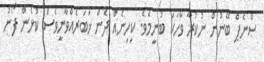
ސްނެޕް ބޭނުން ނުކުރާ ވާހަކަ ބުނީމެވެ. ކިހިނެއް ދެން ޚަބަރެއްވާނީވެސް ކުޅެން ފޯނު